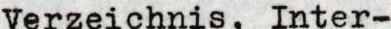
Verzeichnis, Inter-